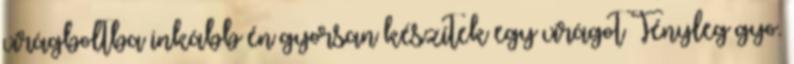
virágboltba inkább én gyorsan készítek egy virágot Tényleg gyo.